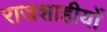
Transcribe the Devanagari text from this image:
राजशाहीयों